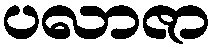
ပလာဇာ